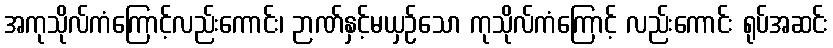
အကုသိုလ်ကံကြောင့်လည်းကောင်း၊ ဉာဏ်နှင့်မယှဉ်သော ကုသိုလ်ကံကြောင့် လည်းကောင်း ရုပ်အဆင်း